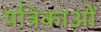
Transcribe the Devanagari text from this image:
पत्रिकाओं